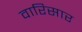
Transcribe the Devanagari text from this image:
वारिसार